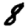
Digit: 8